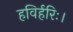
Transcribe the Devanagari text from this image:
हविर्हरिः।